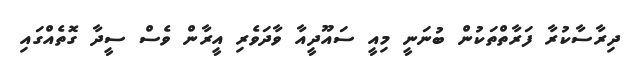
ދިރާސާކުރާ ފަރާތްތަކުން ބުނަނީ މިއީ ސައޫދީއާ ވާދަވެރި އީރާން ވެސް ސީދާ ގޮތެއްގައި